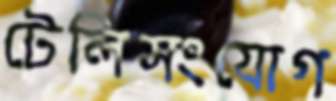
টেলিসংযোগ